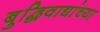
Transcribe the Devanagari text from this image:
बुद्धिवाद्यांच्या